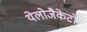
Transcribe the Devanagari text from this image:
येलोजैकेटों